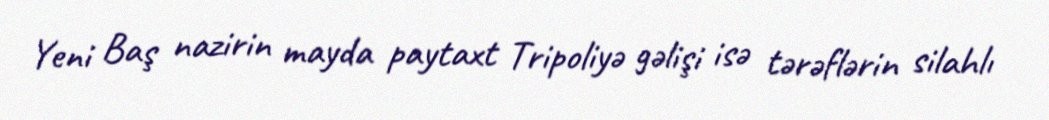
Yeni Baş nazirin mayda paytaxt Tripoliyə gəlişi isə tərəflərin silahlı